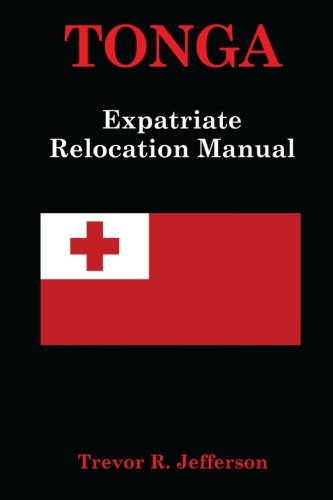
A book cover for TONGA: Expatriate Relocation Guide; Trevor R. Jefferson; Travel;